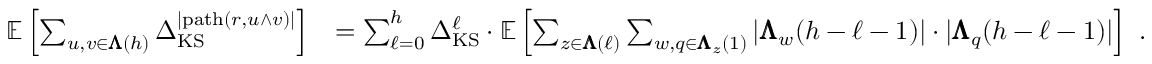
\begin{array} { r l } { \mathbb { E } \left[ \sum _ { u , v \in { \pmb { \Lambda } } ( h ) } \Delta _ { \mathrm { K S } } ^ { | \mathrm { p a t h } ( r , u \wedge v ) | } \right] } & { = \sum _ { \ell = 0 } ^ { h } \Delta _ { \mathrm { K S } } ^ { \ell } \cdot { \mathbb { E } \left[ \sum _ { z \in { \pmb { \Lambda } } ( \ell ) } \sum _ { w , q \in { \pmb { \Lambda } } _ { z } ( 1 ) } | { \pmb { \Lambda } } _ { w } ( h - \ell - 1 ) | \cdot | { \pmb { \Lambda } } _ { q } ( h - \ell - 1 ) | \right] } \enspace . } \end{array}